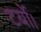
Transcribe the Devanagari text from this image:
टर्बो।